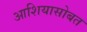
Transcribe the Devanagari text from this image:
आशियासोबत